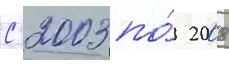
С 2003 по́ 2008